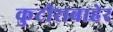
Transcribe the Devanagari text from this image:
कुटीराबाहेर